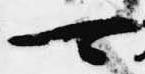
可